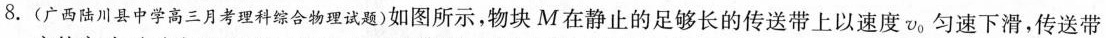
8.(广西陆川县中学高三月考理科综合物理试题)如图所示，物块M在静止的足够长的传送带上以速度v_{0|匀速下滑，传送带